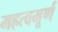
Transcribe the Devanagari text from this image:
महत्वमूर्ण